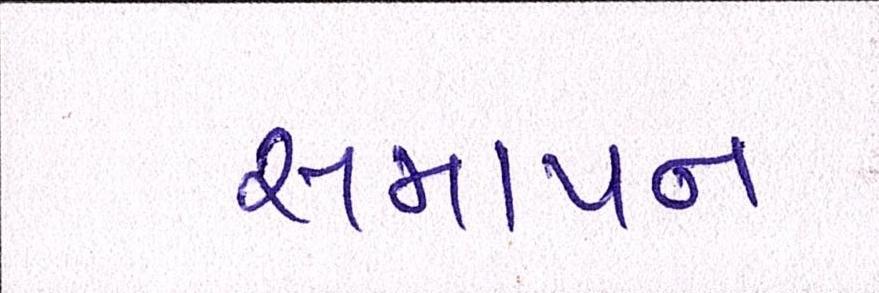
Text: સમાપ્ન